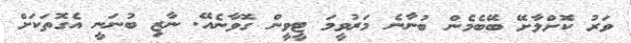
ވަރު ކޮށްލާށޭ ބޭބެމެން ބުނާނެ މަރުވީމަ ޓީވީން ގޮވާނެއޭ. ނާޒި ބުނަނީ އެގޮތަކަށް